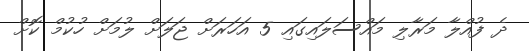
ދެ ފުއްލާ މަރާލި މައްސަލައިގައި 5 އަހަރަށް ޖަލަށް ލުމަށް ހުކުމް ކޮށް